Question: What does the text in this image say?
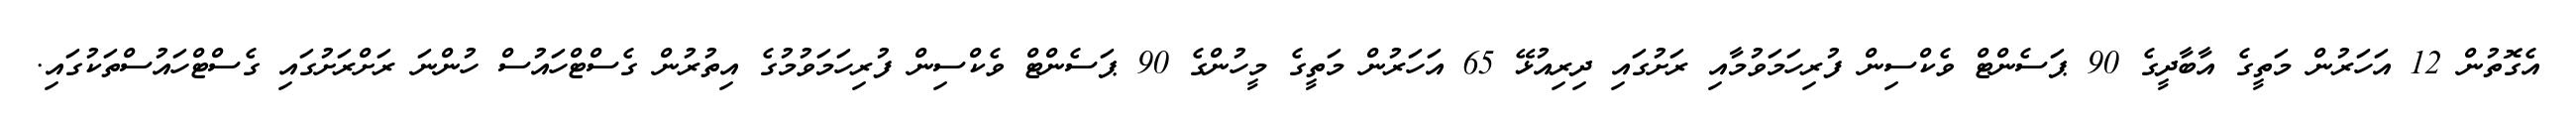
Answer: އެގޮތުން 12 އަހަރުން މަތީގެ އާބާދީގެ 90 ޕަސެންޓް ވެކްސިން ފުރިހަމަވުމާއި ރަށުގައި ދިރިއުޅޭ 65 އަހަރުން މަތީގެ މީހުންގެ 90 ޕަސެންޓް ވެކްސިން ފުރިހަމަވުމުގެ އިތުރުން ގެސްޓްހައުސް ހުންނަ ރަށްރަށުގައި ގެސްޓްހައުސްތަކުގައި.